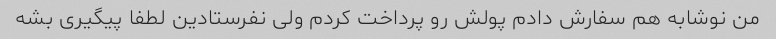
من نوشابه هم سفارش دادم پولش رو پرداخت کردم ولی نفرستادین لطفا پیگیری بشه